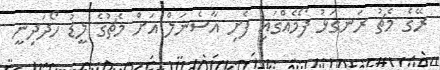
ރޭގެ މެޗު ރަނގަޅު ފޯމެއްގައި ފެށި އާސެނަލް އަށް މެޗުގެ ލީޑު ހޯދަދިނީ